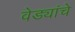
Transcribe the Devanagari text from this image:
वेड्यांचे